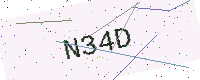
Text: N34D